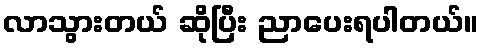
လာသွားတယ် ဆိုပြီး ညာပေးရပါတယ်။